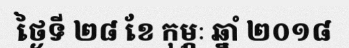
ថ្ងៃទី ២៨ ខែ កុម្ភៈ ឆ្នាំ ២០១៨